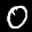
Label: 0